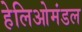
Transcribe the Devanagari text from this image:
हेलिओमंडल